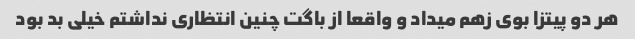
هر دو پیتزا بوی زهم میداد و واقعا از باگت چنین انتظاری نداشتم خیلی بد بود